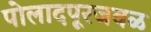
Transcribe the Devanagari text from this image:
पोलादपूरजवळ